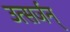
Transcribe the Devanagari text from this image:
उत्सर्जन्